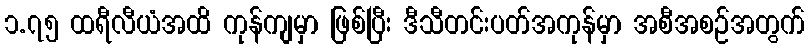
၁.၇၅ ထရီလီယံအထိ ကုန်ကျမှာ ဖြစ်ပြီး ဒီသီတင်းပတ်အကုန်မှာ အစီအစဉ်အတွက်